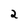
Character: 2